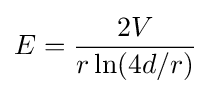
E={2V \over r\ln(4d/r)}